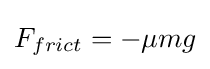
F_{frict}=-\mu mg